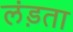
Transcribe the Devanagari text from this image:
लंड़ता